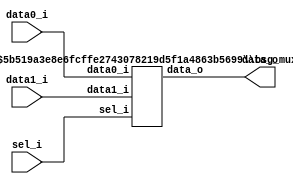
// This program was cloned from: https://github.com/chipsalliance/synlig
// License: Apache License 2.0

/* Generated by Yosys 0.27+9 (git sha1 101d19bb6, gcc 11.2.0-7ubuntu2 -fPIC -Os) */


module \$paramod$5b519a3e8e6fcffe2743078219d5f1a4863b5699\bsg_mux_segmented (data0_i, data1_i, sel_i, data_o);
  
  input [15:0] data0_i;
  wire [15:0] data0_i;
  
  input [15:0] data1_i;
  wire [15:0] data1_i;
  
  output [15:0] data_o;
  wire [15:0] data_o;
  
  input [15:0] sel_i;
  wire [15:0] sel_i;
  assign data_o[6] = sel_i[6] ? data1_i[6] : data0_i[6];
  assign data_o[7] = sel_i[7] ? data1_i[7] : data0_i[7];
  assign data_o[8] = sel_i[8] ? data1_i[8] : data0_i[8];
  assign data_o[9] = sel_i[9] ? data1_i[9] : data0_i[9];
  assign data_o[10] = sel_i[10] ? data1_i[10] : data0_i[10];
  assign data_o[11] = sel_i[11] ? data1_i[11] : data0_i[11];
  assign data_o[12] = sel_i[12] ? data1_i[12] : data0_i[12];
  assign data_o[13] = sel_i[13] ? data1_i[13] : data0_i[13];
  assign data_o[14] = sel_i[14] ? data1_i[14] : data0_i[14];
  assign data_o[15] = sel_i[15] ? data1_i[15] : data0_i[15];
  assign data_o[0] = sel_i[0] ? data1_i[0] : data0_i[0];
  assign data_o[1] = sel_i[1] ? data1_i[1] : data0_i[1];
  assign data_o[2] = sel_i[2] ? data1_i[2] : data0_i[2];
  assign data_o[3] = sel_i[3] ? data1_i[3] : data0_i[3];
  assign data_o[4] = sel_i[4] ? data1_i[4] : data0_i[4];
  assign data_o[5] = sel_i[5] ? data1_i[5] : data0_i[5];
endmodule

(* top =  1  *)

module bsg_mux_bitwise(data0_i, data1_i, sel_i, data_o);
  
  input [15:0] data0_i;
  wire [15:0] data0_i;
  
  input [15:0] data1_i;
  wire [15:0] data1_i;
  
  output [15:0] data_o;
  wire [15:0] data_o;
  
  input [15:0] sel_i;
  wire [15:0] sel_i;
  (* module_not_derived = 32'd1 *)
  
  \$paramod$5b519a3e8e6fcffe2743078219d5f1a4863b5699\bsg_mux_segmented  mux_segmented (
    .data0_i(data0_i),
    .data1_i(data1_i),
    .data_o(data_o),
    .sel_i(sel_i)
  );
endmodule